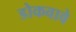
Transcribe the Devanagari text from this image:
डोकवावे